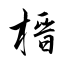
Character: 榗